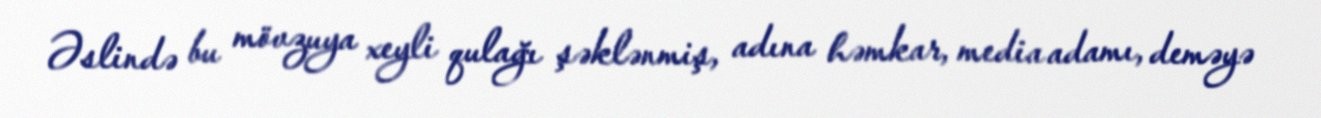
Əslində bu mövzuya xeyli qulağı şəklənmiş, adına həmkar, media adamı, deməyə